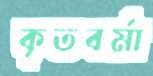
কৃতবর্মা